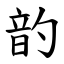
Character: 䪨